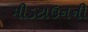
મીડટાઉનની